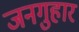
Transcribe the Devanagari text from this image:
जनगुहार